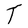
Character: T